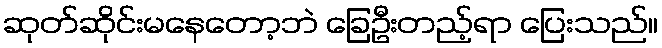
ဆုတ်ဆိုင်းမနေတော့ဘဲ ခြေဦးတည့်ရာ ပြေးသည်။